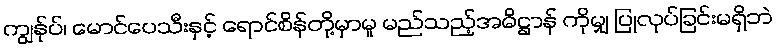
ကျွန်ုပ်၊ မောင်ပေသီးနှင့် ရောင်စိန်တို့မှာမူ မည်သည့်အဓိဋ္ဌာန် ကိုမျှ ပြုလုပ်ခြင်းမရှိဘဲ